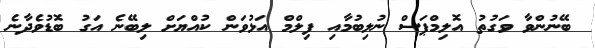
ބޭނުންވާ ވަގުތު އޮލިމްޕަސް ނުލިބުމާއި ފިލްމް އަޅުވަން ކުއްޔަށް ލިބޭނެ އަގު ބޮޑުވެދާނެ